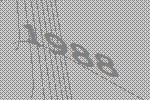
1988